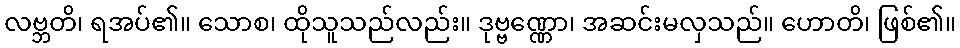
လဗ္ဘတိ၊ ရအပ်၏။ သောစ၊ ထိုသူသည်လည်း။ ဒုဗ္ဗဏ္ဏော၊ အဆင်းမလှသည်။ ဟောတိ၊ ဖြစ်၏။